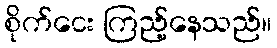
စိုက်ငေး ကြည့်နေသည်။